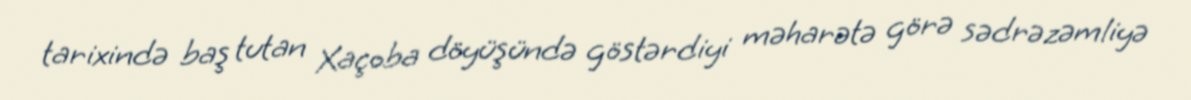
tarixində baş tutan Xaçoba döyüşündə göstərdiyi məharətə görə sədrəzəmliyə